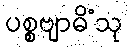
ပစ္စဗျာဓိံသု